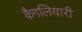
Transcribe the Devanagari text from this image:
कैगलियारी